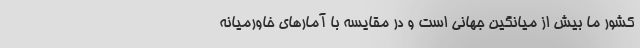
کشور ما بیش از میانگین جهانی است و در مقایسه با آمارهای خاورمیانه